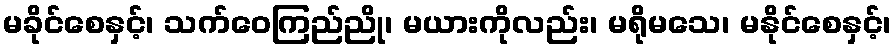
မခိုင်စေနှင့်၊ သက်ဝေကြည်ညို၊ မယားကိုလည်း၊ မရိုမသေ၊ မနိုင်စေနှင့်၊